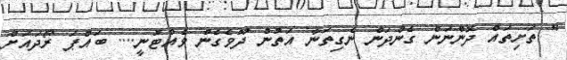
" ތަށިތައް ދޮންނަން ގެންދަން ނެގިތަނާ އަތުން ދޫވެގެން ވެއްޓުނީ.... ބައްޕަ ރޯދައަށް